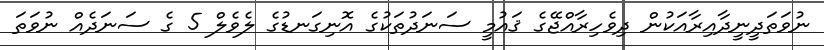
ނުވަތަދީނީދާއިރާއަކުން ދިވެހިރާއްޖޭގެ ޤައުމީ ސަނަދުތަކުގެ އޮނިގަނޑުގެ ލެވެލް 5 ގެ ސަނަދެއް ނުވަތަ